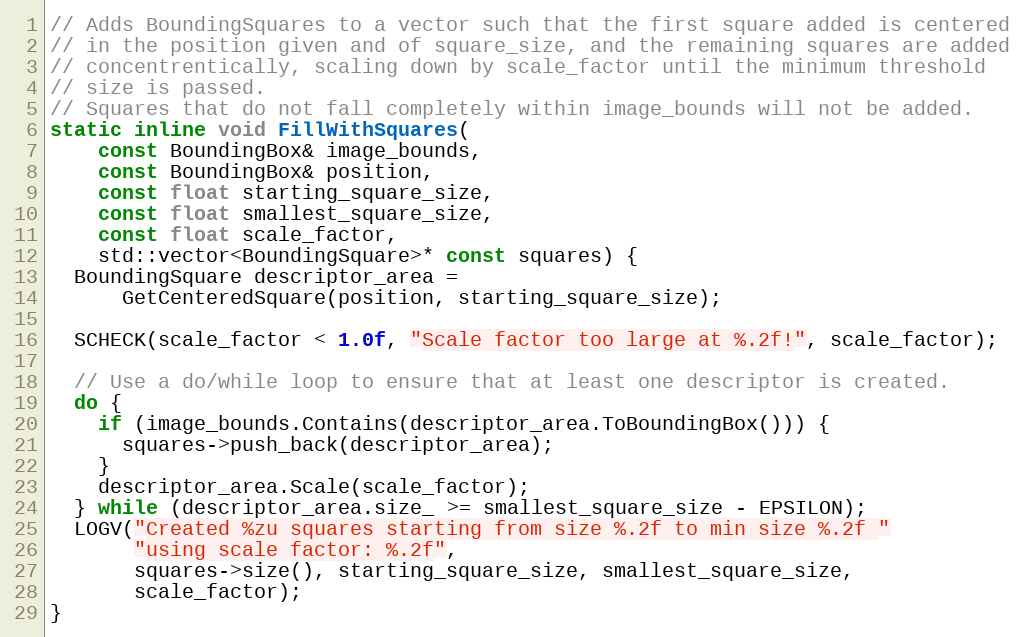
Language: C
// Adds BoundingSquares to a vector such that the first square added is centered
// in the position given and of square_size, and the remaining squares are added
// concentrentically, scaling down by scale_factor until the minimum threshold
// size is passed.
// Squares that do not fall completely within image_bounds will not be added.
static inline void FillWithSquares(
    const BoundingBox& image_bounds,
    const BoundingBox& position,
    const float starting_square_size,
    const float smallest_square_size,
    const float scale_factor,
    std::vector<BoundingSquare>* const squares) {
  BoundingSquare descriptor_area =
      GetCenteredSquare(position, starting_square_size);

  SCHECK(scale_factor < 1.0f, "Scale factor too large at %.2f!", scale_factor);

  // Use a do/while loop to ensure that at least one descriptor is created.
  do {
    if (image_bounds.Contains(descriptor_area.ToBoundingBox())) {
      squares->push_back(descriptor_area);
    }
    descriptor_area.Scale(scale_factor);
  } while (descriptor_area.size_ >= smallest_square_size - EPSILON);
  LOGV("Created %zu squares starting from size %.2f to min size %.2f "
       "using scale factor: %.2f",
       squares->size(), starting_square_size, smallest_square_size,
       scale_factor);
}